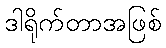
ဒါရိုက်တာအဖြစ်